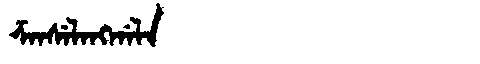
Manchu: ᡯᠠᠨᠰᡝᠯᠠᠩᡤᠠᠯᠠ
Romanization: DZANSELANGGALA